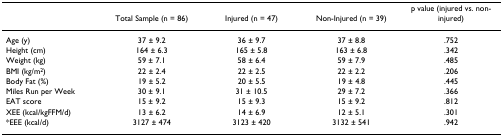
<table><thead><tr><td></td><td><b>Total Sample (n = 86)</b></td><td><b>Injured (n = 47)</b></td><td><b>Non-Injured (n = 39)</b></td><td><b>p value (injured vs. non-injured)</b></td></tr></thead><tbody><tr><td>Age (y)</td><td>37 ± 9.2</td><td>36 ± 9.7</td><td>37 ± 8.8</td><td>.752</td></tr><tr><td>Height (cm)</td><td>164 ± 6.3</td><td>165 ± 5.8</td><td>163 ± 6.8</td><td>.342</td></tr><tr><td>Weight (kg)</td><td>59 ± 7.1</td><td>58 ± 6.4</td><td>59 ± 7.9</td><td>.485</td></tr><tr><td>BMI (kg/m<sup>2</sup>)</td><td>22 ± 2.4</td><td>22 ± 2.5</td><td>22 ± 2.2</td><td>.206</td></tr><tr><td>Body Fat (%)</td><td>19 ± 5.2</td><td>20 ± 5.5</td><td>19 ± 4.8</td><td>.445</td></tr><tr><td>Miles Run per Week</td><td>30 ± 9.1</td><td>31 ± 10.5</td><td>29 ± 7.2</td><td>.366</td></tr><tr><td>EAT score</td><td>15 ± 9.2</td><td>15 ± 9.3</td><td>15 ± 9.2</td><td>.812</td></tr><tr><td>XEE (kcal/kgFFM/d)</td><td>13 ± 6.2</td><td>14 ± 6.9</td><td>12 ± 5.1</td><td>.301</td></tr><tr><td>*EEE (kcal/d)</td><td>3127 ± 474</td><td>3123 ± 420</td><td>3132 ± 541</td><td>.942</td></tr></tbody></table>